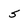
Character: 5